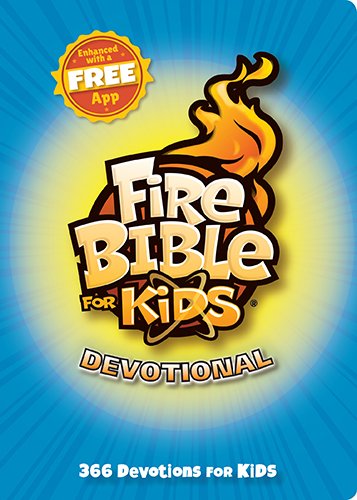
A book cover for Fire Bible for Kids Devotional; My Healthy Church; Children's Books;